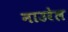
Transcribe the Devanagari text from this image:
नाउरेल